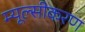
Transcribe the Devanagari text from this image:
म्यूल्सीकरण